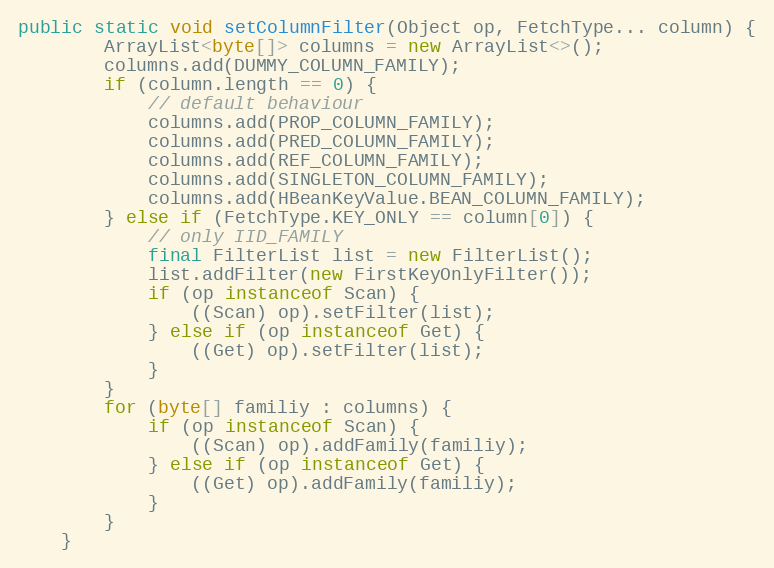
Language: Java
public static void setColumnFilter(Object op, FetchType... column) {
        ArrayList<byte[]> columns = new ArrayList<>();
        columns.add(DUMMY_COLUMN_FAMILY);
        if (column.length == 0) {
            // default behaviour
            columns.add(PROP_COLUMN_FAMILY);
            columns.add(PRED_COLUMN_FAMILY);
            columns.add(REF_COLUMN_FAMILY);
            columns.add(SINGLETON_COLUMN_FAMILY);
            columns.add(HBeanKeyValue.BEAN_COLUMN_FAMILY);
        } else if (FetchType.KEY_ONLY == column[0]) {
            // only IID_FAMILY
            final FilterList list = new FilterList();
            list.addFilter(new FirstKeyOnlyFilter());
            if (op instanceof Scan) {
                ((Scan) op).setFilter(list);
            } else if (op instanceof Get) {
                ((Get) op).setFilter(list);
            }
        }
        for (byte[] familiy : columns) {
            if (op instanceof Scan) {
                ((Scan) op).addFamily(familiy);
            } else if (op instanceof Get) {
                ((Get) op).addFamily(familiy);
            }
        }
    }